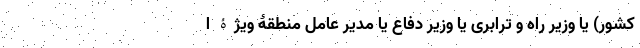
کشور) یا وزیر راه و ترابری یا وزیر دفاع یا مدیر عامل منطقۀ ویژۀ ا